Leaving Certificate Examination (including Day School Certificate (Higher) General paper), 1928
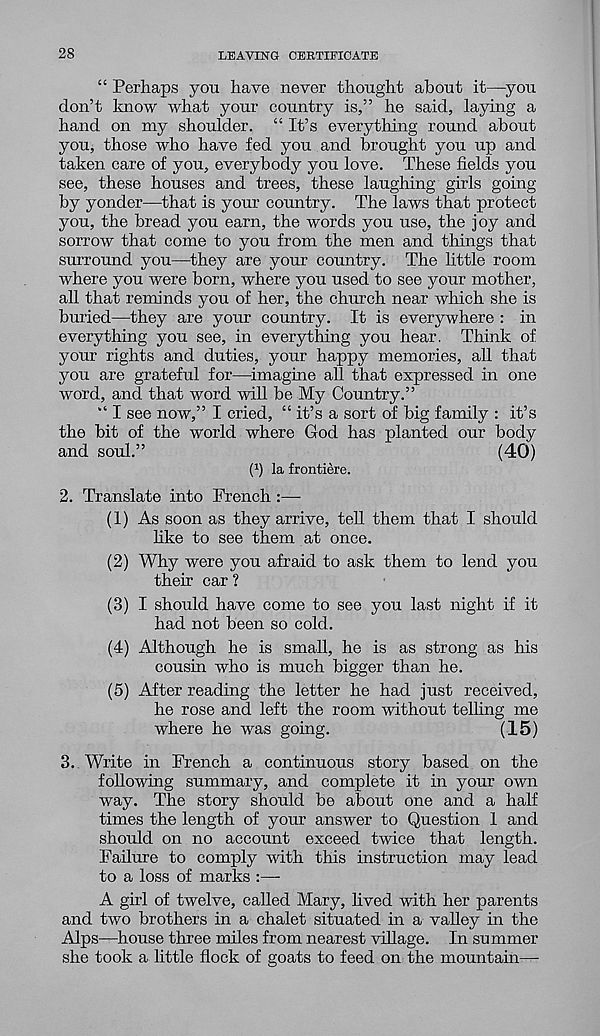
28
LEAVING CERTIFICATE
“ Perhaps yon have never thought about it—you
don’t know what your country is,” he said, laying a
hand on my shoulder. “ It’s everything round about
you, those who have fed you and brought you up and
taken care of you, everybody you love. These fields you
see, these houses and trees, these laughing girls going
by yonder—that is your country. The laws that protect
you, the bread you earn, the words you use, the joy and
sorrow that come to you from the men and things that
surround you—they are your country. The little room
where you were born, where you used to see your mother,
all that reminds you of her, the church near which she is
buried—they are your country. It is everywhere : in
everything you see, in everything you hear. Think of
your rights and duties, your happy memories, all that
you are grateful for—imagine all that expressed in one
word, and that word will be My Country.”
“ I see now,” I cried, “ it’s a sort of big family : it’s
the bit of the world where God has planted our body
and soul.”
(40)
P) la frontiere.
2. Translate into French
(1) As soon as they arrive, tell them that I should
like to see them at once.
(2) Why were you afraid to ask them to lend you
their car ?
(3) I should have come to see you last night if it
had not been so cold.
(4) Although he is small, he is as strong as his
cousin who is much bigger than he.
(5) After reading the letter he had just received,
he rose and left the room without telling me
where he was going.
(15)
3. Write in French a continuous story based on the
following summary, and complete it in your own
way. The story should be about one and a half
times the length of your answer to Question 1 and
should on no account exceed twice that length.
Failure to comply with this instruction may lead
to a loss of marks :—•
A girl of twelve, called Mary, lived with her parents
and two brothers in a chalet situated in a valley in the
Alps—house three miles from nearest village. In summer
she took a little flock of goats to feed on the mountain—-